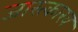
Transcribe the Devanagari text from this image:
जारत्कारव